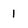
Character: 1